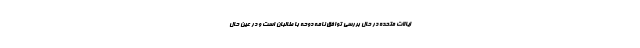
ایالات متحده در حال بررسی توافق نامه دوحه با طالبان است و در عین حال